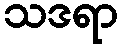
သဒရာ